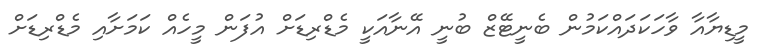
މީޑިޔާއާ ވާހަކަދައްކަމުން ބެނީޓޭޒް ބުނީ އޭނާއަކީ މެޑްރިޑަށް އުފަން މީހެއް ކަމަށާއި މެޑްރިޑަށް